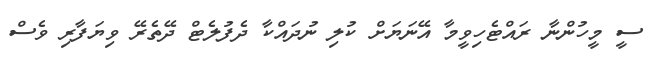
ސީ މީހުންނާ ރައްޓެހިވީމާ އޭނަޔަށް ކުލި ނުދައްކާ ދެފުލެޓް ދޭތެރޭ ވިޔަފާރި ވެސް